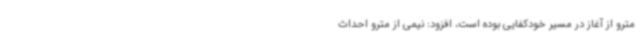
مترو از آغاز در مسیر خودکفایی بوده است، افزود: نیمی از مترو احداث